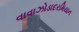
વાવાઝોડાદરમિયાન